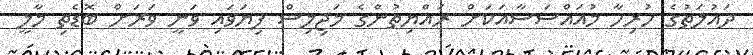
ދައުލަތުގެ ހުރިހާ މުއައްސަސާއަކަށް ރައްޔިތުންގެ މަޖިލިސް ފިޔަވައި ވަނީ ވަރަށް ބޮޑެތި މާލީ